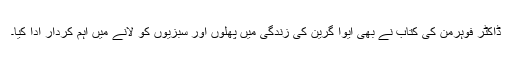
ڈاکٹر فوہرمن کی کتاب نے بھی ایوا گرین کی زندگی میں پھلوں اور سبزیوں کو لانے میں اہم کردار ادا کیا۔